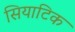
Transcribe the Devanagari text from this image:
सियाटिक